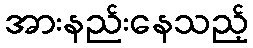
အားနည်းနေသည့်